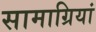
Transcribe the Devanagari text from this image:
सामाग्रियां